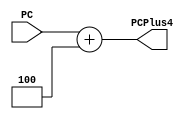
module PC_Plus_4(
		 input wire [31:0]  PC,
		 output wire [31:0] PCPlus4 );

   assign PCPlus4 = PC + 32'd4;

endmodule